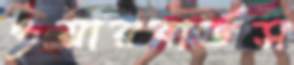
ওয়ারবার্ডস